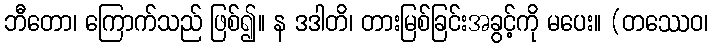
ဘီတော၊ ကြောက်သည် ဖြစ်၍။ န ဒဒါတိ၊ တားမြစ်ခြင်းအခွင့်ကို မပေး။ (တဿေဝ၊